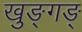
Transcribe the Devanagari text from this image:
खुङ्गङ्